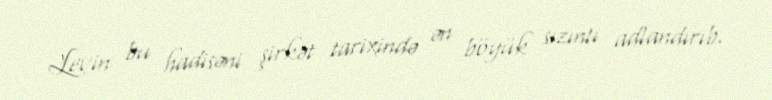
Levin bu hadisəni şirkət tarixində ən böyük sızıntı adlandırıb.